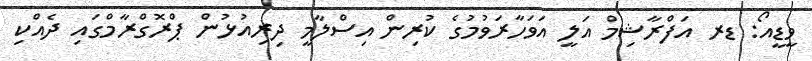
ވީޑީއޯ: ޑރ އަފްރާޝިމް އަލީ އަވަހާރަވުމުގެ ކުރިން އިސްލާމީ ދިރިއުޅުން ޕްރޮގްރާމްގައި ދެއްކި